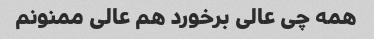
همه چی عالی برخورد هم عالی ممنونم